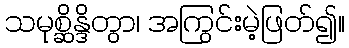
သမုစ္ဆိန္ဒိတွာ၊ အကြွင်းမဲ့ဖြတ်၍။